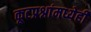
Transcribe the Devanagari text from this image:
कूटप्रश्नांमध्येही